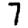
Digit: 7